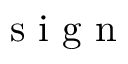
\mathrm { ~ s ~ i ~ g ~ n ~ }